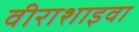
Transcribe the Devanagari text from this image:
वीराशाइवा